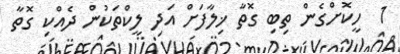
1  ހީކޮށްގެން ތިބި ގޮތާ ޚިލާފަށް އަދި ލީކްތަކުން ދެއްކި ގޮތާ